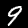
Digit: 9